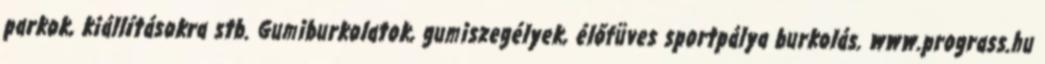
parkok, kiállításokra stb. Gumiburkolatok, gumiszegélyek, élőfüves sportpálya burkolás. www.prograss.hu